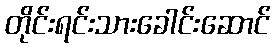
တိုင်းရင်းသားခေါင်းဆောင်